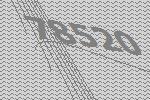
78520